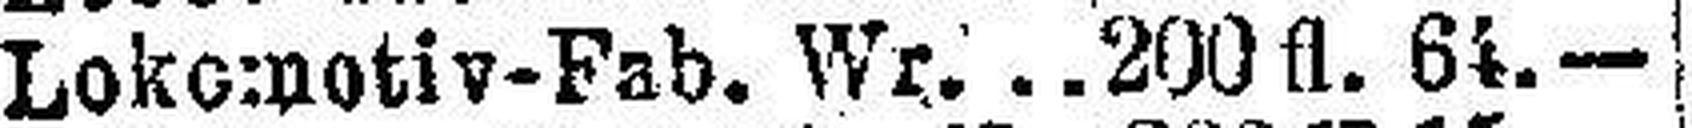
Lokomotiv-Fab. Wr.  200 fl. 64.—